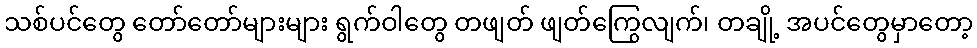
သစ်ပင်တွေ တော်တော်များများ ရွက်ဝါတွေ တဖျတ် ဖျတ်ကြွေလျက်၊ တချို့ အပင်တွေမှာတော့